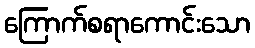
ကြောက်စရာကောင်းသော